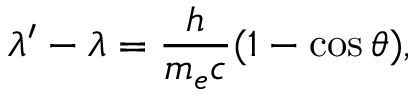
\lambda ^ { \prime } - \lambda = { \frac { h } { m _ { e } c } } ( 1 - \cos { \theta } ) ,